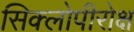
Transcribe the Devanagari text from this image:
सिक्लोपीरोक्ष